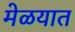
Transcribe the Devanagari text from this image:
मेळयात